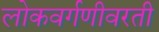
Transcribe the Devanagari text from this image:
लोकवर्गणीवरती